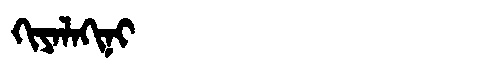
Manchu: ᡴᡳᠶᠠᠯᠠᡴᡳᠨᡳ
Romanization: KIYALAKINI